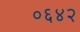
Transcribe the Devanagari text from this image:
०६४२